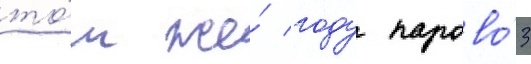
то́м же́ году парово́з